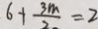
6 + \frac { 3 m } { 2 } = 2